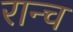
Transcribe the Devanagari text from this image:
रान्च